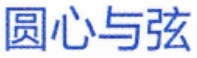
圆心与弦